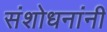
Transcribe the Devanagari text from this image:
संशोधनांनी